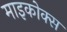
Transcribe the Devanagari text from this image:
माइकोक्स